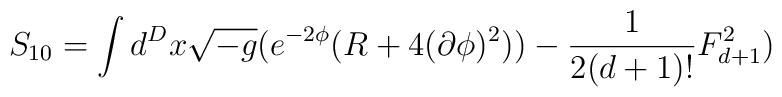
S_{10}=\int d^Dx\sqrt{-g}(e^{-2\phi}(R+4(\partial\phi)^2)) - \frac{1}{2(d+1)!}F_{d+1}^2)